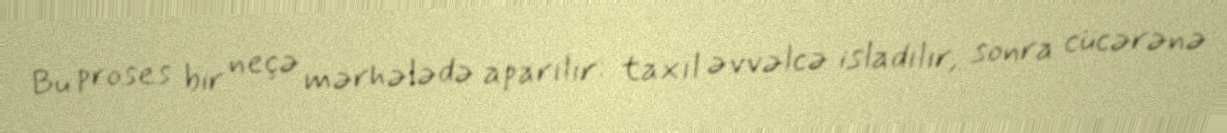
Bu proses bir neçə mərhələdə aparılır: taxıl əvvəlcə isladılır, sonra cücərənə